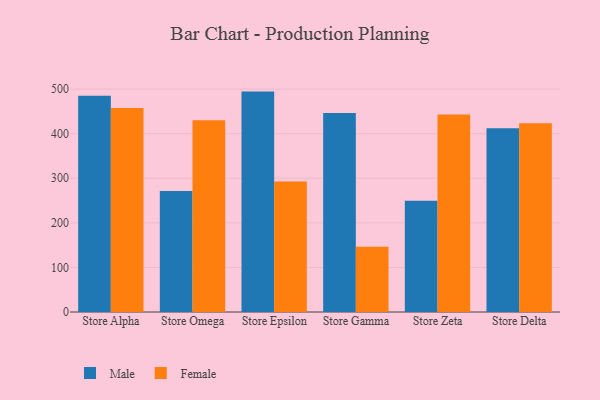
{"axis": {"x": "Store", "y": "Market Share (%)"}, "legend": ["Female", "Male"], "data": [{"x": "Store Alpha", "y": 484.9, "type": "Male"}, {"x": "Store Alpha", "y": 457.7, "type": "Female"}, {"x": "Store Omega", "y": 271.2, "type": "Male"}, {"x": "Store Omega", "y": 430.0, "type": "Female"}, {"x": "Store Epsilon", "y": 494.4, "type": "Male"}, {"x": "Store Epsilon", "y": 292.8, "type": "Female"}, {"x": "Store Gamma", "y": 446.3, "type": "Male"}, {"x": "Store Gamma", "y": 146.1, "type": "Female"}, {"x": "Store Zeta", "y": 249.6, "type": "Male"}, {"x": "Store Zeta", "y": 443.1, "type": "Female"}, {"x": "Store Delta", "y": 412.0, "type": "Male"}, {"x": "Store Delta", "y": 423.6, "type": "Female"}]}